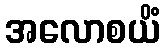
အလောစယိံ